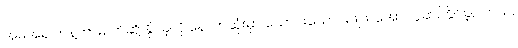
အမိအရ ဟန့်တားပိတ်ဆို့ နိုင်ခဲ့လို့ နောက်ဆုံးမှာ သောင်းသောင်းဖျဖျ အောင်ပွဲဆင်နိုင်ခဲ့ပါတယ်။